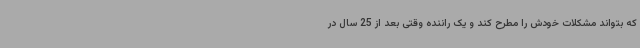
که بتواند مشکلات خودش را مطرح کند و یک راننده وقتی بعد از 25 سال در